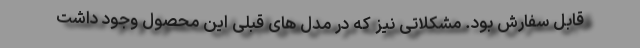
قابل سفارش بود. مشکلاتی نیز که در مدل های قبلی این محصول وجود داشت